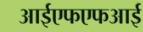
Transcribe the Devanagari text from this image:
आईएफएफआई